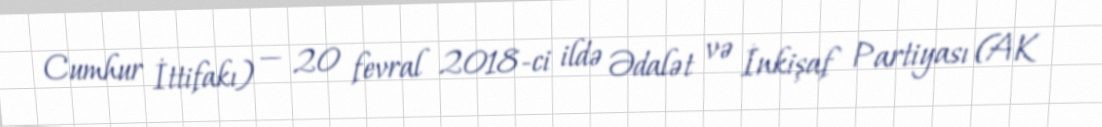
Cumhur İttifakı) — 20 fevral 2018-ci ildə Ədalət və İnkişaf Partiyası (AK